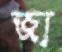
জা